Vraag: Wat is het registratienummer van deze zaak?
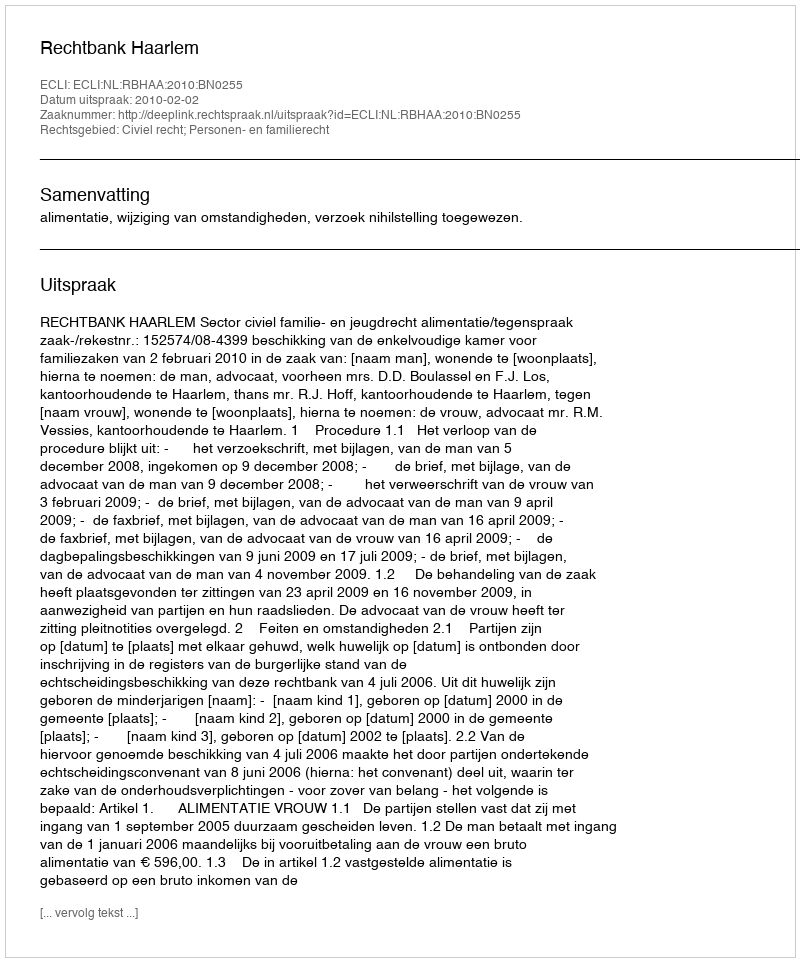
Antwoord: http://deeplink.rechtspraak.nl/uitspraak?id=ECLI:NL:RBHAA:2010:BN0255